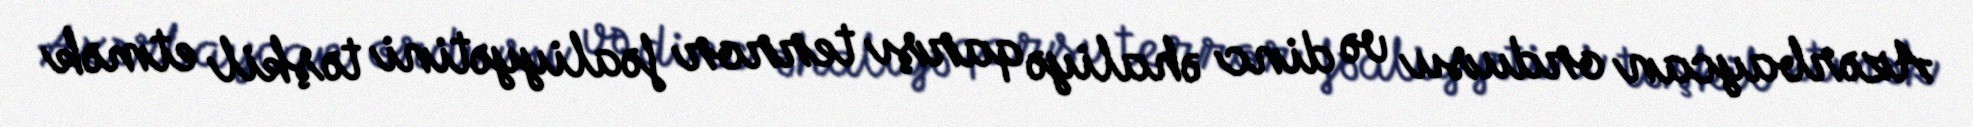
Azərbaycan ordusu və dinc əhaliyə qarşı terror fəaliyyətini təşkil etmək